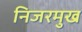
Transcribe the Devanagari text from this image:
निजरमुख